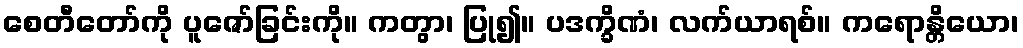
စေတီတော်ကို ပူဇော်ခြင်းကို။ ကတွာ၊ ပြု၍။ ပဒက္ခိဏံ၊ လက်ယာရစ်။ ကရောန္တိယော၊